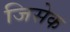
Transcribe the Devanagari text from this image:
जिसेक